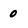
Character: 0